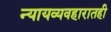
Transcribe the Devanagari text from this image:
न्यायव्यवहारातही